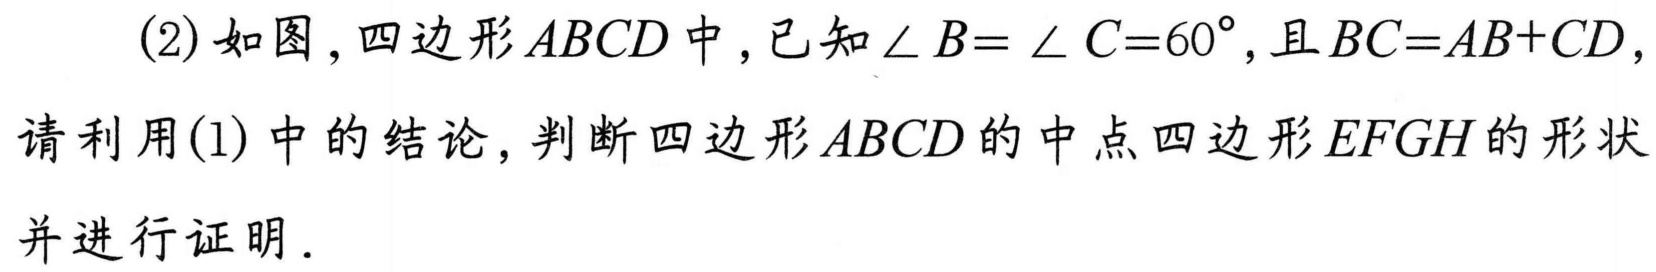
(2)如图，四边形$ABCD$中，已知$\angle B = \angle C = 60^{\circ}$，且$BC = AB + CD$，请利用(1)中的结论，判断四边形$ABCD$的中点四边形$EFGH$的形状并进行证明.